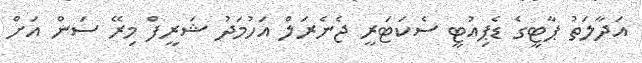
އަދާލަތު ޕާޓީގެ ޑެޕިއުޓީ ސެކަޓަރީ ޖެނެރަލް އަހުމަދު ޝަރީފް މިރޭ ސަން އަށް